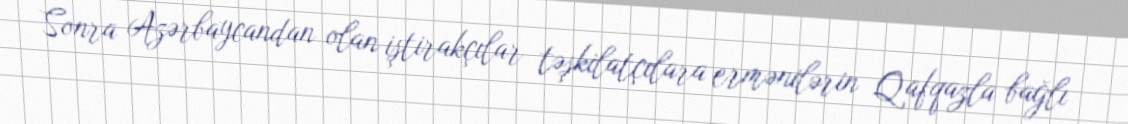
Sonra Azərbaycandan olan iştirakçılar təşkilatçılara ermənilərin Qafqazla bağlı